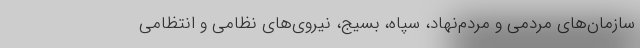
سازمان‌های مردمی و مردم‌نهاد، سپاه، بسیج، نیروی‌های نظامی و انتظامی